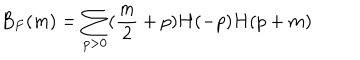
LaTeX: B _ { F } ( m ) = \sum _ { p > 0 } ( \frac { m } { 2 } + p ) H ( - p ) H ( p + m )